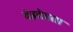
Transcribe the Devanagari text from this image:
दंडदेवता